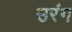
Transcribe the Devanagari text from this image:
उरंग